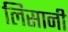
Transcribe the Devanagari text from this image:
लिसानी